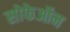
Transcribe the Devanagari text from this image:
सोफेऑन